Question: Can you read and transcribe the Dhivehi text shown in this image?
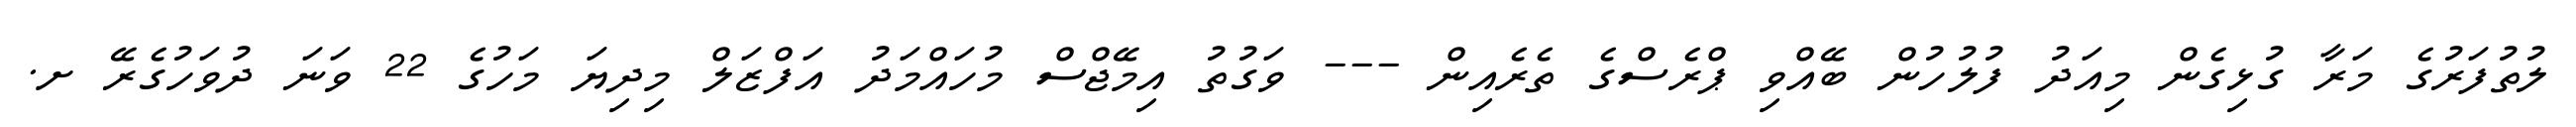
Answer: ލުތުފަރުގެ މަރާ ގުޅިގެން މިއަދު ފުލުހުން ބޭއްވި ޕްރެސްގެ ތެރެއިން --- ވަގުތު އިމޭޖްސް މުހައްމަދު އަފްޒަލް މިދިޔަ މަހުގެ 22 ވަނަ ދުވަހުގެރޭ ށ.